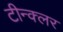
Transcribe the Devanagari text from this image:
टीन्क्लर